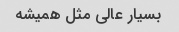
بسیار عالی مثل همیشه